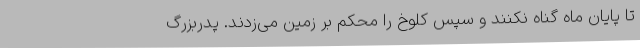
تا پایان ماه گناه نکنند و سپس کلوخ را محکم بر زمین می‌زدند. پدربزرگ